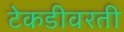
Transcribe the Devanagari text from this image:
टेकडीवरती